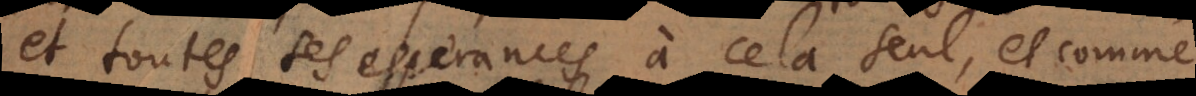
et toutes ses esperances à cela seul, et comme